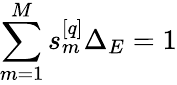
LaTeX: \sum_{m=1}^{M}s_{m}^{[q]}\Delta_{E}=1